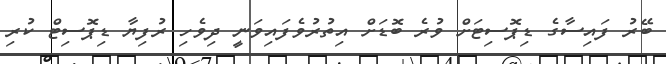
ބޭރު ފައިސާގެ ޑިޕޮސިޓަށް ވުރެ ބޮޑަށް އިތުރުވެފައިވަނީ ދިވެހި ރުފިޔާ ޑިޕޮސިޓް ކުރި